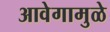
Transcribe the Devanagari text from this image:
आवेगामुळे